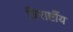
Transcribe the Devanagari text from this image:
त्रिराष्टींय